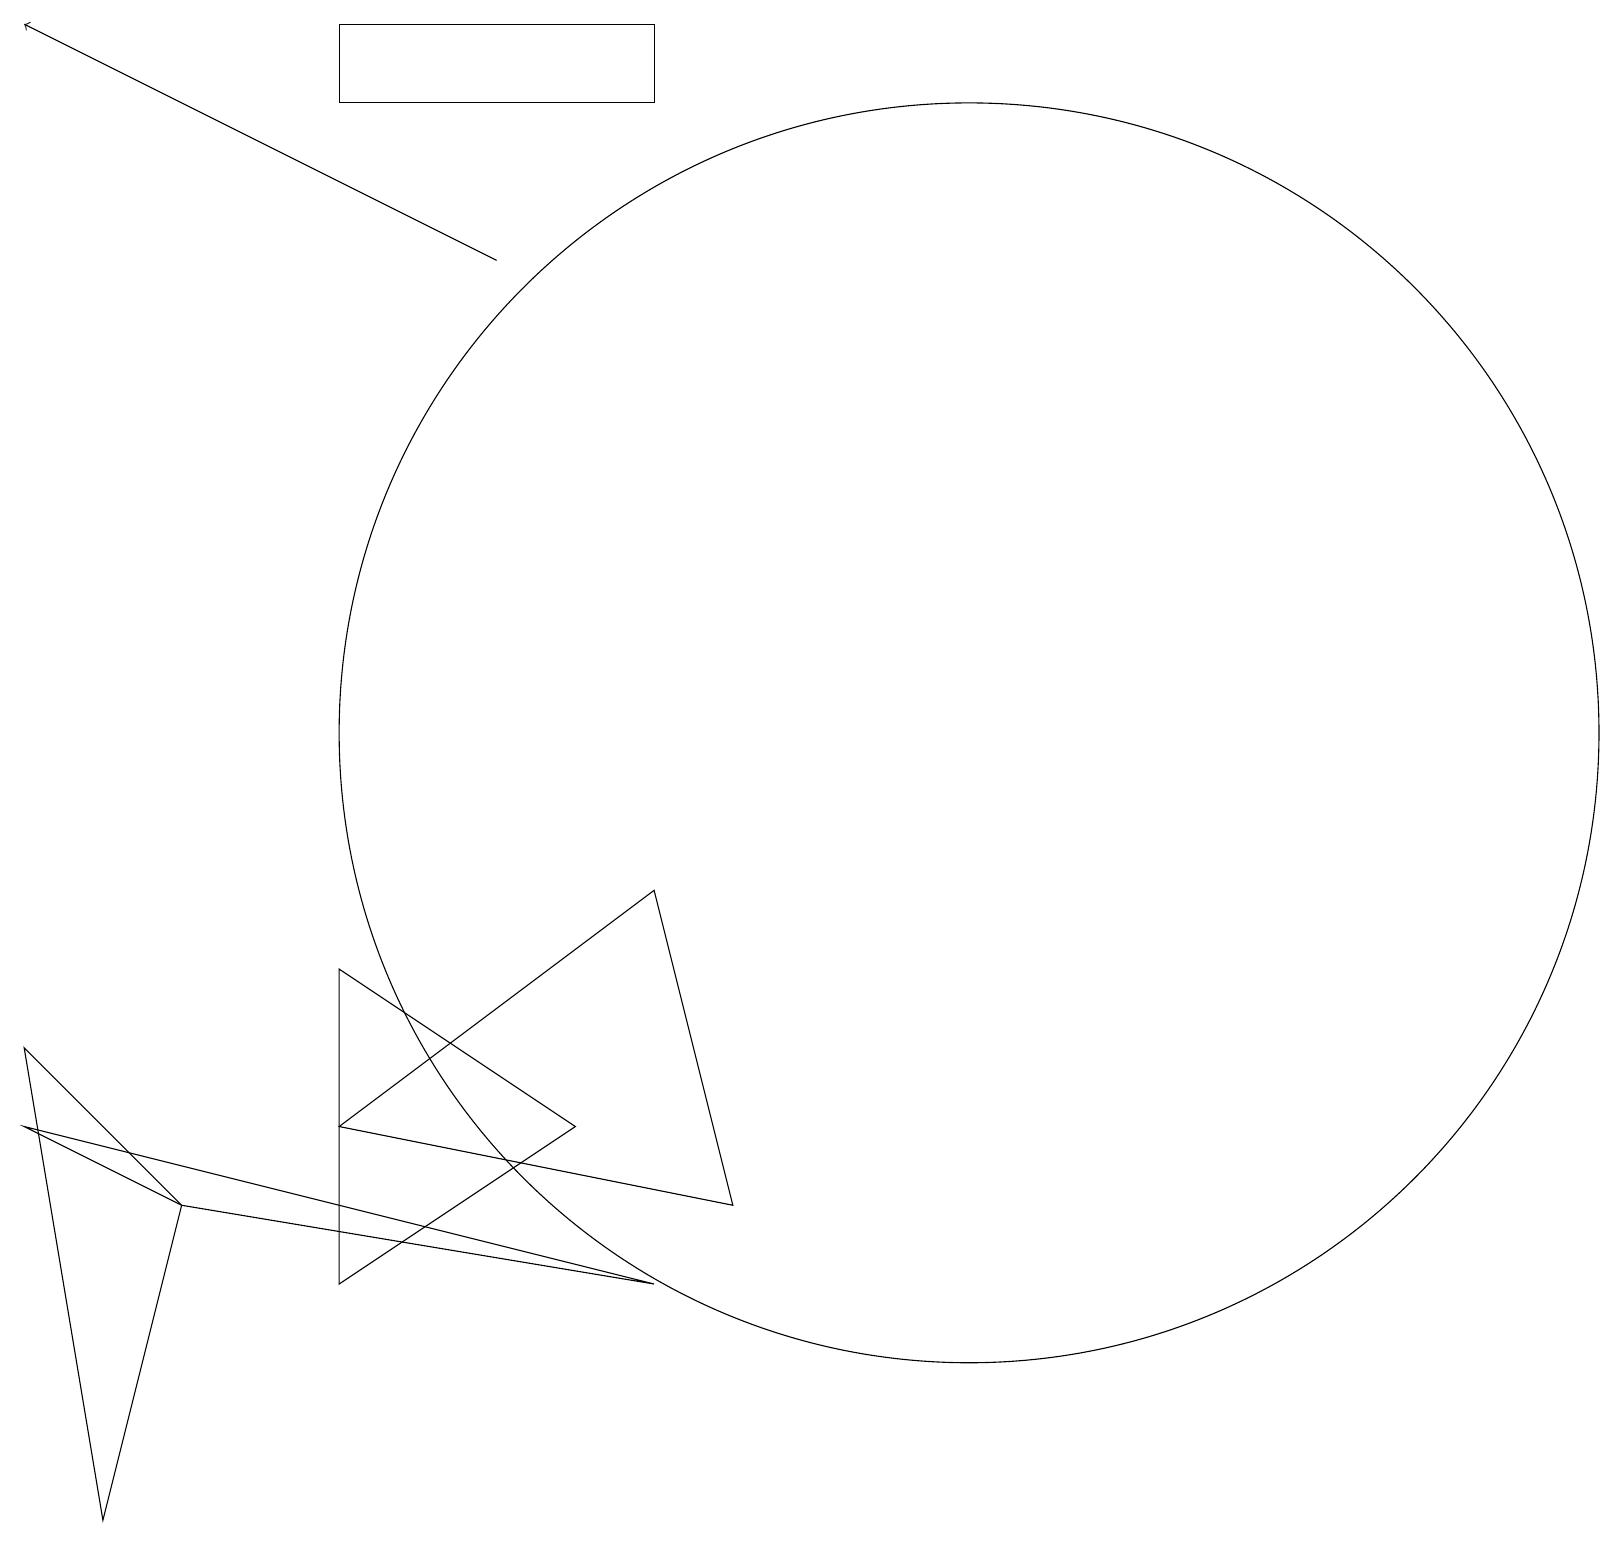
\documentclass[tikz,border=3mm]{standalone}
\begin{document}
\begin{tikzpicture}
\draw (7,5) -- (4,7) -- (4,3) -- cycle;
\draw (12,10) circle (8);
\draw (0,5) -- (2,4) -- (8,3) -- cycle;
\draw (2,4) -- (0,6) -- (1,0) -- cycle;
\draw (8,18) rectangle (4,19);
\draw[->] (6,16) -- (0,19);
\draw (4,5) -- (8,8) -- (9,4) -- cycle;
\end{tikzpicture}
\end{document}